Lunatic asylums Central Provinces reports 1910-1926 - 1910-1926
Year: 1910
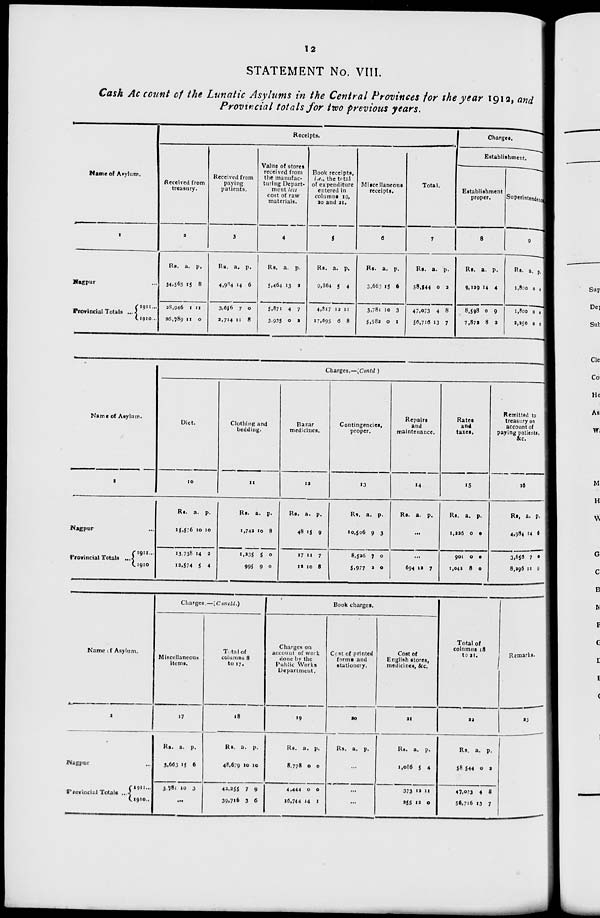
12
STATEMENT No. VIII.
Cash Account of the Lunatic Asylums in the Central Provinces for the year 1912, and
Provincial totals for two previous years.
Name of Asylum.
1
Nagpur ...
Provincial Totals ...
1911 ...
1910 ...
Receipts.
Received from
treasury.
2
Rs.
34,565
28,946
26,789
a.
15
1
11
p.
8
11
0
Received from
paying
patients.
3
Rs.
4,984
3,656
2,714
a.
14
7
11
p.
6
0
8
Value of stores
received from
the manufac-
turing Depart-
ment less
cost of raw
materials.
4
Rs.
5,464
5,871
3,935
a.
13
4
0
p.
2
7
2
Book receipts,
i.e., the total
of expenditure
entered in
columns 19,
20 and 21.
5
Rs.
9,864
4,817
17,695
a.
5
12
6
p.
4
11
8
Miscellaneous
receipts.
6
Rs.
3,663
3,781
5,582
a.
15
10
0
p.
6
3
1
Total.
7
Rs.
58,544
47,073
56,716
a.
0
4
13
p.
2
8
7
Charges.
Establishment.
Establishment
proper.
8
Rs.
9,129
8,598
7,872
a.
14
0
8
p.
4
9
2
Superintendence
9
Rs.
1,800
1,800
2,250
a.
0
0
0
p.
0
0
0
Name of Asylum.
1
Nagpur ...
Provincial Totals ...
1911 ...
1910
Charges.—(Contd.)
Diet.
10
Rs.
15,576
13,738
12,574
a.
10
14
5
p.
10
2
4
Clothing and
bedding.
11
Re.
1,742
l,235
995
a.
10
5
9
p.
8
0
0
Bazar
medicines.
12
Rs.
48
17
12
a.
15
11
10
p.
9
7
8
Contingencies,
proper.
13
Rs.
10,506
8,526
5,977
a.
9
7
2
p.
3
0
0
Repairs
and
maintenance.
14
Rs. a. p.
...
...
694 12 7
Rates
and
taxes.
15
Rs.
1,226
901
1,042
a.
0
0
8
p.
0
0
0
Remitted to
treasury on
account of
paying patients,
&c.
16
Rs.
4,984
3,656
8,296
a.
14
7
11
p.
6
0
9
Name of Asylum.
1
Nagpur ...
Provincial Totals ...
1911 ...
1910 ...
Charges.—(Concld.)
Miscellaneous
items.
17
Rs.
3,663
3,787
a.
15
10
p.
6
3
...
Total of
columns 8
to 17.
18
Rs.
48,679
42,255
39,716
a.
10
7
3
p.
10
9
6
Book charges.
Charges on
account of work
clone by the
Public Works
Department.
19
Rs.
8,778
4,444
16,744
a.
0
0
14
p.
0
0
1
Cost of printed
forma and
stationery.
20
Rs. a. p.
...
...
...
Cost of
English stores,
medicines, &c.
21
Rs.
1,086
373
255
a.
5
12
12
p.
4
11
0
Total of
columns 18
to 21.
22
Rs.
58,544
47,073
56,716
a.
0
4
13
p.
2
8
7
Remarks.
23